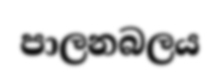
පාලනබලය